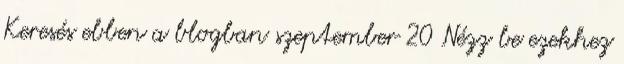
Keresés ebben a blogban szeptember 20 Nézz be ezekhez